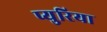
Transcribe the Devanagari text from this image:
प्युरिया